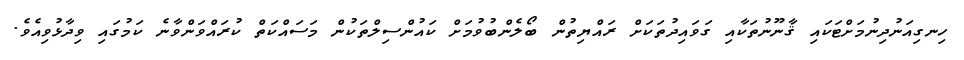
ހިނގިއަނުދިނުމަށްޓަކައި ޤާނޫނުތަކާއި ގަވައިދުތަކަށް ރައްޔިތުން ބޯލެންބުވުމަށް ކައުންސިލްތަކުން މަސައްކަތް ކުރައްވަންވާނެ ކަމުގައި ވިދާޅުވިއެވެ.